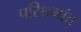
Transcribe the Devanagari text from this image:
परिश्रमांत